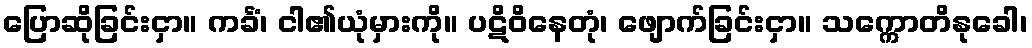
ပြောဆိုခြင်းငှာ။ ကင်္ခံ၊ ငါ၏ယုံမှားကို။ ပဋိဝိနေတုံ၊ ဖျောက်ခြင်းငှာ။ သက္ကောတိနုခေါ၊